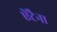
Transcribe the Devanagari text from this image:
ऐंटैना